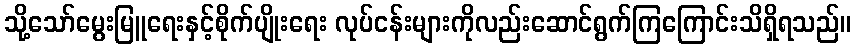
သို့သော်မွေးမြူရေးနှင့်စိုက်ပျိုးရေး လုပ်ငန်းများကိုလည်းဆောင်ရွက်ကြကြောင်းသိရှိရသည်။